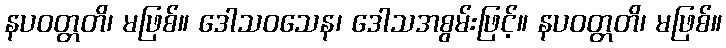
နပဝတ္တတိ၊ မဖြစ်။ ဒေါသဝသေန၊ ဒေါသအစွမ်းဖြင့်။ နပဝတ္တတိ၊ မဖြစ်။